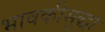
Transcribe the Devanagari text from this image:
भावकीसुद्धा